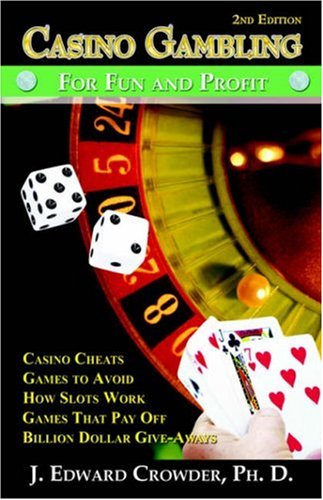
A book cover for Casino Gambling for Fun and Profit: Second Edition; J. Edward Crowder PhD; Health, Fitness & Dieting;